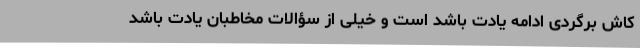
کاش برگردی ادامه یادت باشد است و خیلی از سؤالات مخاطبان یادت باشد